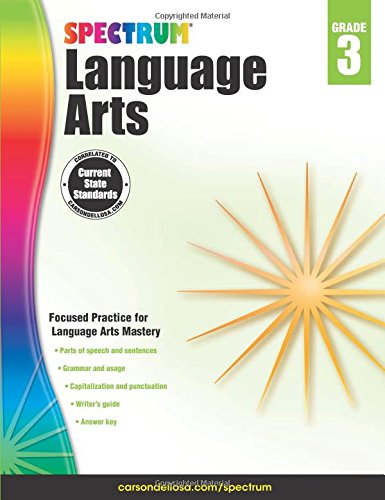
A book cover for Spectrum Language Arts, Grade 3; Children's Books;